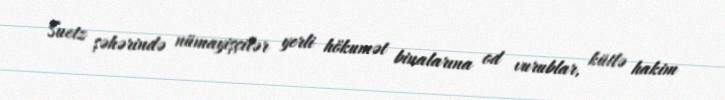
Suetz şəhərində nümayişçilər yerli hökumət binalarına od vurublar, kütlə hakim